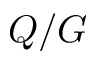
Q / G